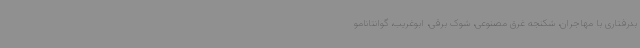
بدرفتاری با مهاجران، شکنجه غرق مصنوعی، شوک برقی، ابوغریب، گوانتانامو